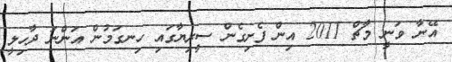
އޭނާ ވަނީ މާޗް 2011 އިން ފެށިގެން ސީރިޔާގައި ހިނގަމުން އަންނަ ދާހިލީ